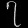
Digit: ၇